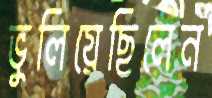
ভুলিয়েছিলেন